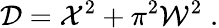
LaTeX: {\cal D}={\cal X}^{2}+\pi^{2}{\cal W}^{2}\; .